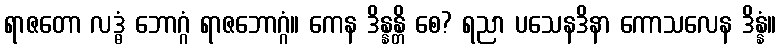
ရာဇတော လဒ္ဓံ ဘောဂ္ဂံ ရာဇဘောဂ္ဂံ။ ကေန ဒိန္နန္တိ စေ? ရညာ ပသေနဒိနာ ကောသလေန ဒိန္နံ။